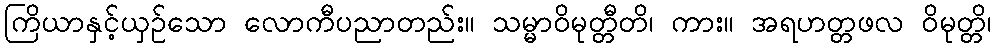
ကြိယာနှင့်ယှဉ်သော လောကီပညာတည်း။ သမ္မာဝိမုတ္တီတိ၊ ကား။ အရဟတ္တဖလ ဝိမုတ္တိ၊